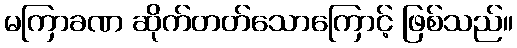
မကြာခဏ ဆိုက်တတ်သောကြောင့် ဖြစ်သည်။